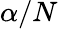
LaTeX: \alpha/N